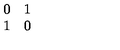
\begin{array} { c c } { 0 } & { 1 } \\ { 1 } & { 0 } \\ \end{array}